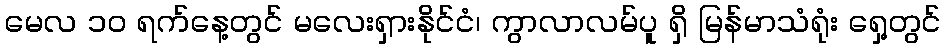
မေလ ၁၀ ရက်နေ့တွင် မလေးရှားနိုင်ငံ၊ ကွာလာလမ်ပူ ရှိ မြန်မာသံရုံး ရှေ့တွင်